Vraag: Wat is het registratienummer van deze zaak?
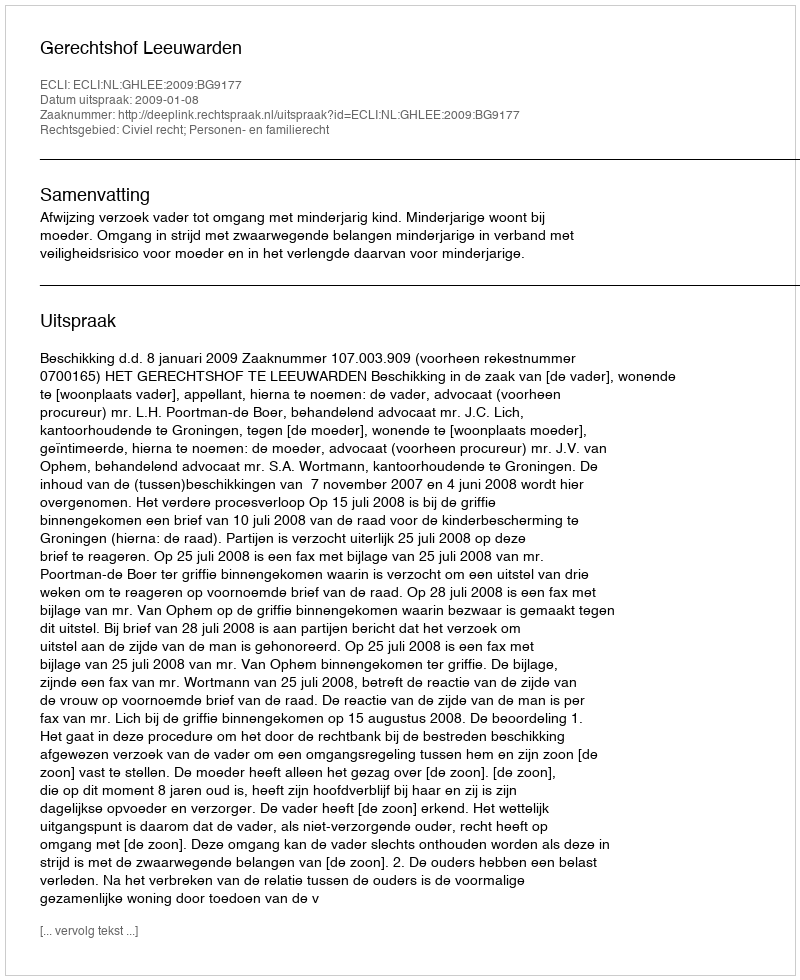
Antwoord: http://deeplink.rechtspraak.nl/uitspraak?id=ECLI:NL:GHLEE:2009:BG9177